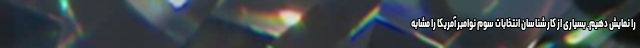
را نمایش دهیم. بسیاری از کارشناسان انتخابات سوم نوامبر آمریکا را مشابه